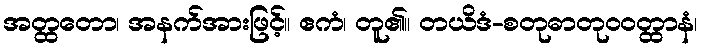
အတ္ထတော၊ အနက်အားဖြင့်။ ဧကံ၊ တူ၏။ တယိဒံ-စတုဓာတုဝဝတ္ထာနံ၊